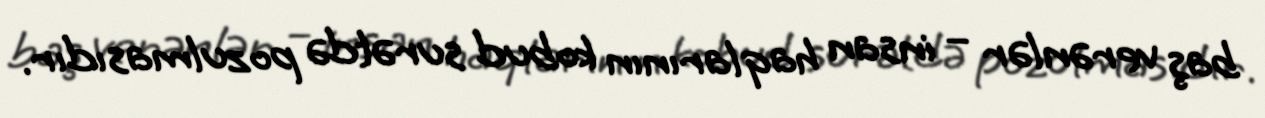
baş verənlər – insan haqlarının kobud surətdə pozulmasıdır.